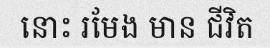
នោះ រមែង មាន ជីវិត